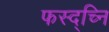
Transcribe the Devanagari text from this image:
फस्द्च्नि